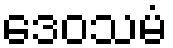
ဒေဝသမံ